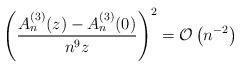
LaTeX: \begin{align*} \left(\frac{A_n^{(3)}(z)-A_n^{(3)}(0)}{n^9 z}\right)^2 &= \mathcal{O}\left(n^{-2}\right)\end{align*}